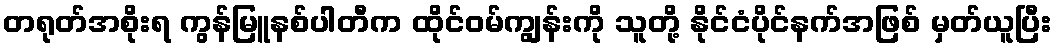
တရုတ်အစိုးရ ကွန်မြူနစ်ပါတီက ထိုင်ဝမ်ကျွန်းကို သူတို့ နိုင်ငံပိုင်နက်အဖြစ် မှတ်ယူပြီး